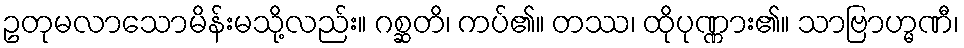
ဥတုမလာသောမိန်းမသို့လည်း။ ဂစ္ဆတိ၊ ကပ်၏။ တဿ၊ ထိုပုဏ္ဏား၏။ သာဗြာဟ္မဏီ၊